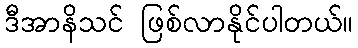
ဒီအာနိသင် ဖြစ်လာနိုင်ပါတယ်။